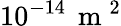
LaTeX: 10^{-14}\, \mathrm{~m~}^{2}